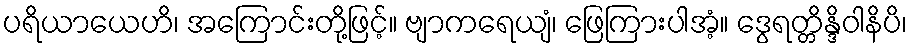
ပရိယာယေဟိ၊ အကြောင်းတို့ဖြင့်။ ဗျာကရေယျံ၊ ဖြေကြားပါအံ့။ ဒွေရတ္တိန္ဒိဝါနိပိ၊